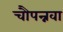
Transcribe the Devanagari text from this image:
चौपन्नवा